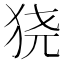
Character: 𬌮